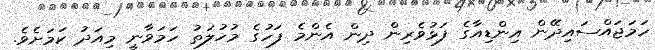
ހަމަޖައްސައިދޭން އިންޑިއާގެ ފަޅުވެރިން ދިން އެންމެ ފަހުގެ މުހުލަތު ހަމަވާނީ މިއަދު ކަމަށެވެ.